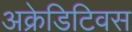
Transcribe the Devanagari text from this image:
अक्रेडिटिवस